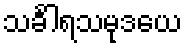
သင်္ခါရသမုဒယေ